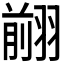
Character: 𦑦